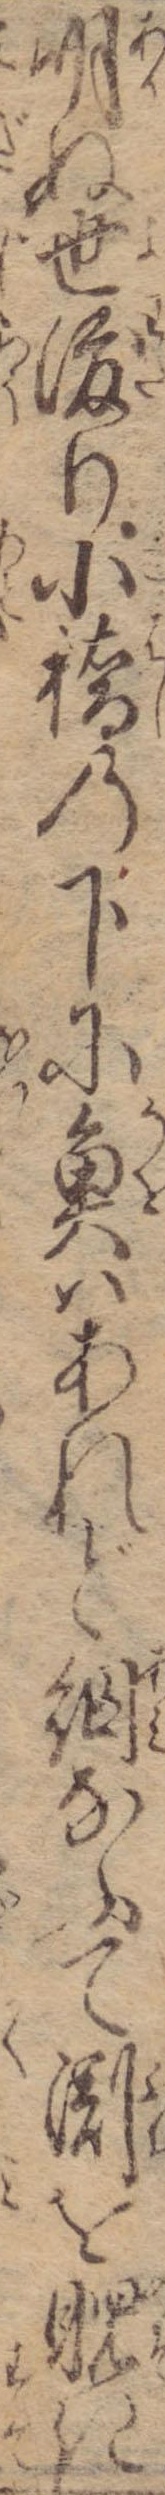
明ぬ世渡り小橋の下に魚はあれど網なふて淵を睨き